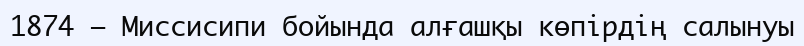
1874 — Миссисипи бойында алғашқы көпірдің салынуы